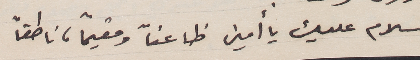
سلام عليك يا أمين طَاعناً ومقيماً، ناطقاً